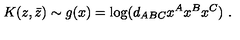
K ( z , \bar { z } ) \sim g ( x ) = \log ( d _ { A B C } x ^ { A } x ^ { B } x ^ { C } ) \ .